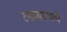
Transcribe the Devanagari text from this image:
रक्तस्रावाचे